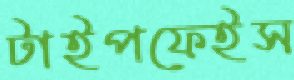
টাইপফেইস